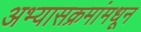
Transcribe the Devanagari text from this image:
अभ्यासक्रमांमधून